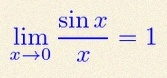
\lim_{x\to0}\frac{\sin x}{x}=1